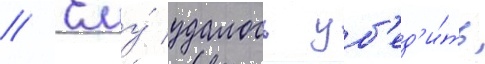
// Ему́ удалось уб'ед'и́ть